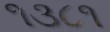
૧૩૮૧